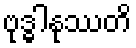
ဗုဒ္ဓါနုဿတိ